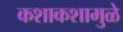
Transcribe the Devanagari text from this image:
कशाकशामुळे